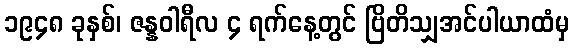
၁၉၄၈ ခုနှစ်၊ ဇန္နဝါရီလ ၄ ရက်နေ့တွင် ဗြိတိသျှအင်ပါယာထံမှ